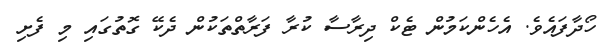
ހޯދާފައެވެ. އެހެންކަމުން ޓެކް ދިރާސާ ކުރާ ފަރާތްތަކުން ދެކޭ ގޮތުގައި މި ފެށި